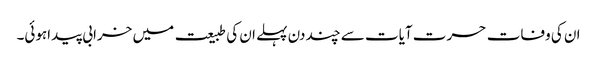
ان کی وفات حسرت آیات سے چند دن پہلے ان کی طبیعت میں خرابی پیداہوئی۔